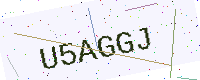
Text: U5AGGJ